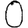
Digit: 0